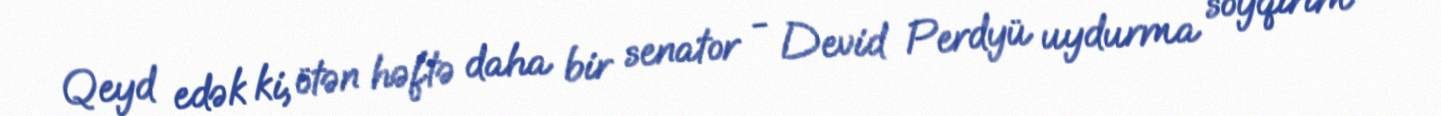
Qeyd edək ki, ötən həftə daha bir senator - Devid Perdyü uydurma soyqırım